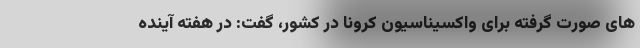
های صورت گرفته برای واکسیناسیون کرونا در کشور، گفت: در هفته آینده